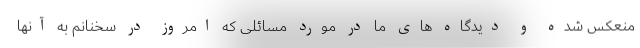
منعکس شده و دیدگاه های ما در مورد مسائلی که امروز در سخنانم به آنها